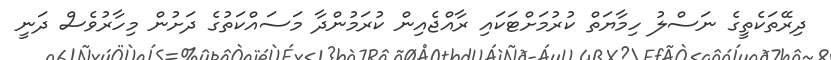
ދިރޭތަކެތީގެ ނަސްލު ހިމާޔަތް ކުރުމަށްޓަކައި ރާއްޖެއިން ކުރަމުންދާ މަސައްކަތުގެ ދަށުން މިހާރުވެސް ދަނީ